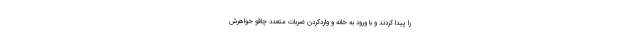
را پیدا کردند و با ورود به خا‌نه و واردکردن ضربات متعدد چاقو خواهرش